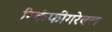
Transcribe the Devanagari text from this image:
रिकंफीगरेबल